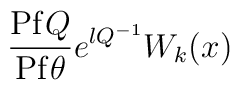
\frac{{\rm Pf} Q}{{\rm Pf} \theta} e^{\l Q^{-1}} W_k(x)